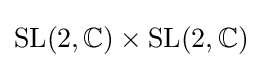
{\text{SL}}(2,\mathbb {C} )\times {\text{SL}}(2,\mathbb {C} )